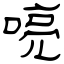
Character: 喨